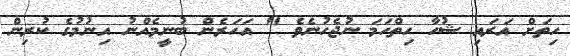
ހިތަށް އަރައި ޝުހާ ހިތްހަމަ ނުޖެހުނެވެ " އަހަރެން ބުނީމެއްނު އިނުމުގެ ކުރިން